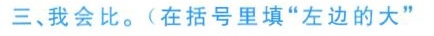
三、我会比。(在括号里填”左边的大”